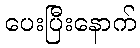
ပေးပြီးနောက်